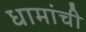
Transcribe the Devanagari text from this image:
धामांची